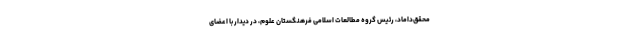
محقق‌داماد، رئیس گروه مطالعات اسلامی فرهنگستان علوم، در دیدار با اعضای